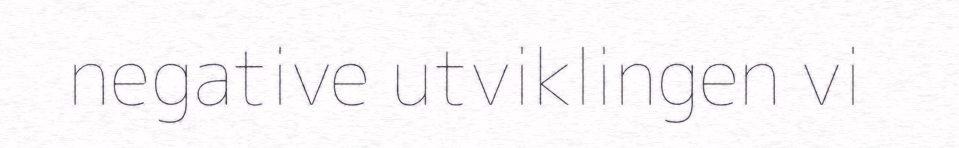
negative utviklingen vi